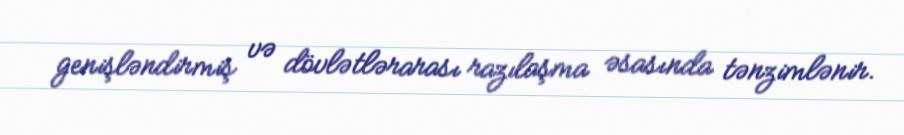
genişləndirmiş və dövlətlərarası razılaşma əsasında tənzimlənir.